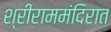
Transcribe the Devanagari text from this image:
श्रीराममंदिरात